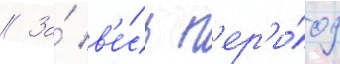
// За́ в'е́сь п'ер'и́од